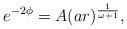
LaTeX: \begin{align*}e^{-2\phi}= A (ar)^{\frac{1}{\omega+1}}, \end{align*}